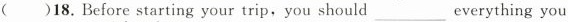
()18.Before starting your trip,you should ___everything you